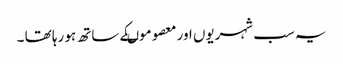
یہ سب شہریوں اور معصوموںکے ساتھ ہو رہا تھا ۔